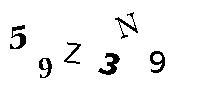
59Z3N9